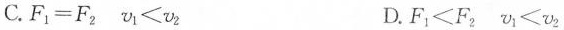
C.$$F_{1}=F_{2}$$ $$v_{1}<v_{2}$$ D.$$F_{1}<F_{2}$$ $$v_{1}<v_{2}$$